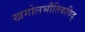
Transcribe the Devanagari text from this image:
खगोलभौतिकविद्